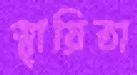
স্থায়িতা